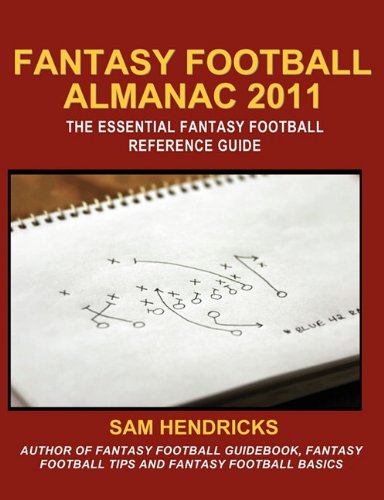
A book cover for Fantasy Football Almanac 2011: The Essential Fantasy Football Refererence Guide; Sam Hendricks; Humor & Entertainment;